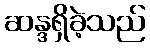
ဆန္ဒရှိခဲ့သည်